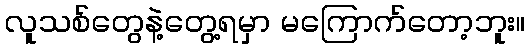
လူသစ်တွေနဲ့တွေ့ရမှာ မကြောက်တော့ဘူး။